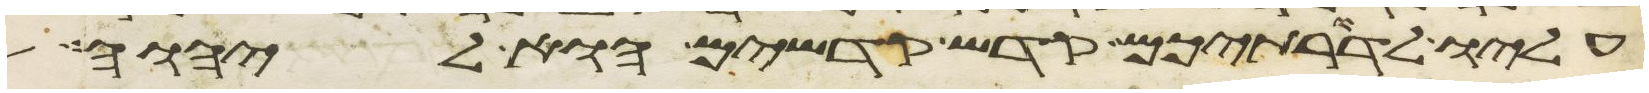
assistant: עליו לדרתיכם קדש קדשים הוא ליהוה